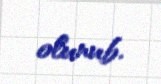
olunub.